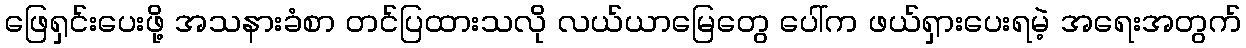
ဖြေရှင်းပေးဖို့ အသနားခံစာ တင်ပြထားသလို လယ်ယာမြေတွေ ပေါ်က ဖယ်ရှားပေးရမဲ့ အရေးအတွက်